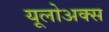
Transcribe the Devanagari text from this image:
यूलोअक्स